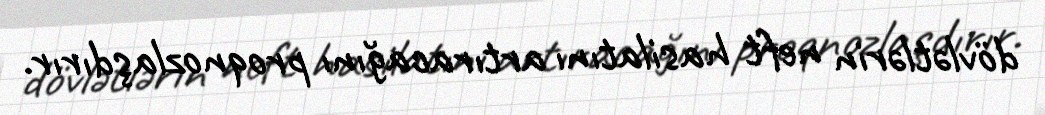
dövlətlərin neft hasilatını artıracağını proqnozlaşdırır.